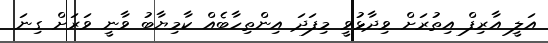
އަލީ އާރިފް އިތުރަށް ވިދާޅުވީ މިފަދަ އިންތިހާބެއް ކާމިޔާބު ވާނީ ވަރަށް ގިނަ